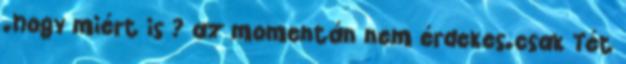
.hogy miért is ? az momentán nem érdekes.csak Tét